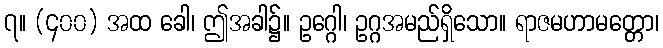
၇။ (၄၀၀) အထ ခေါ၊ ဤအခါ၌။ ဥဂ္ဂေါ၊ ဥဂ္ဂအမည်ရှိသော။ ရာဇမဟာမတ္တော၊